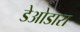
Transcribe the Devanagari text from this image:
डेओडारा